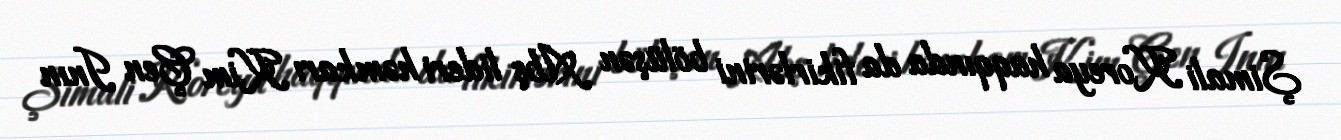
Şimali Koreya haqqında da fikirlərini bölüşən Abş lideri həmkarı Kim Çen Inın